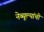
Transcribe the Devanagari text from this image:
नेब्यूल्यांची